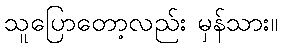
သူပြောတော့လည်း မှန်သား။